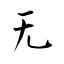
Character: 无